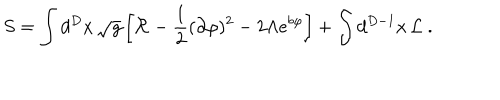
LaTeX: S = \int d ^ { D } x \, \sqrt { g } \left[ { \cal R } - \frac { 1 } { 2 } ( \partial \varphi ) ^ { 2 } - 2 \Lambda e ^ { b \varphi } \right] + \int d ^ { D - 1 } x \, { \cal L } \ .